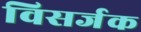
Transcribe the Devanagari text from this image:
विसर्जक